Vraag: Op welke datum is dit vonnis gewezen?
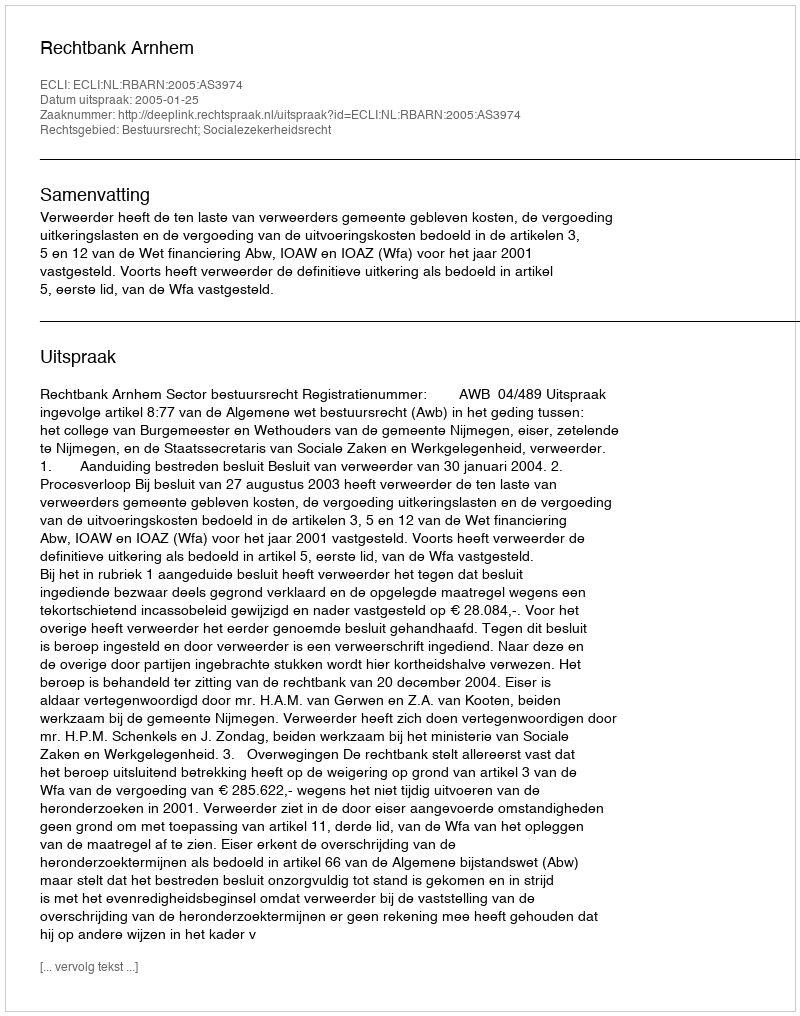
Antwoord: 2005-01-25